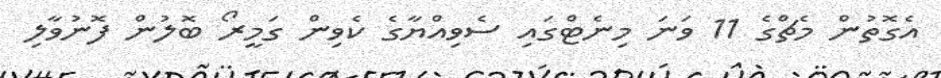
އެގޮތުން މެޗްގެ 11 ވަނަ މިނެޓްގައި ސެވިއްޔާގެ ކެވިން ގަމީރޯ ބޮލުން ފޮނުވާލި